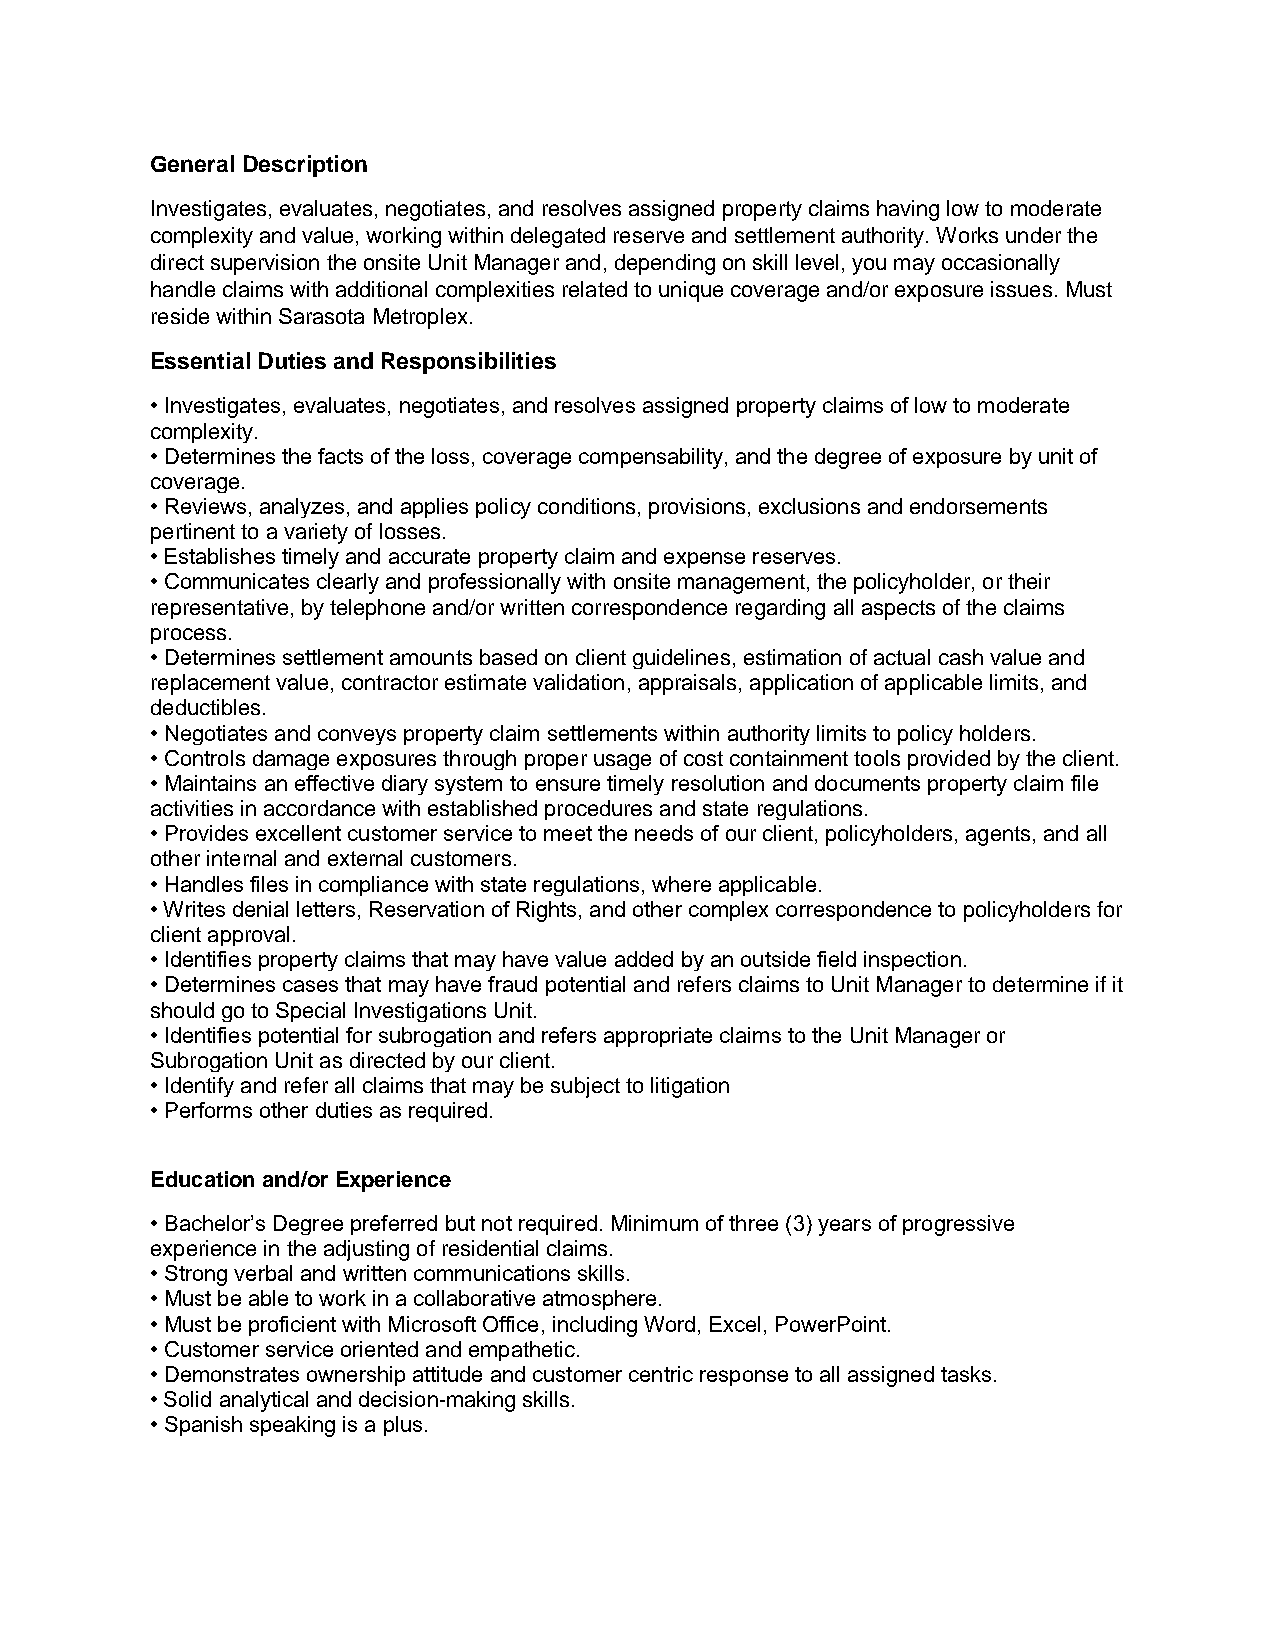
General Description
 Investigates, evaluates, negotiates, and resolves assigned property claims having low to moderate
 complexity and value, working within delegated reserve and settlement authority. Works under the
 direct supervision the onsite Unit Manager and, depending on skill level, you may occasionally
 handle claims with additional complexities related to unique coverage and/or exposure issues. Must
 reside within Sarasota Metroplex.
 Essential Duties and Responsibilities
 • Investigates, evaluates, negotiates, and resolves assigned property claims of low to moderate
 complexity.
 • Determines the facts of the loss, coverage compensability, and the degree of exposure by unit of
 coverage.
 • Reviews, analyzes, and applies policy conditions, provisions, exclusions and endorsements
 pertinent to a variety of losses.
 • Establishes timely and accurate property claim and expense reserves.
 • Communicates clearly and professionally with onsite management, the policyholder, or their
 representative, by telephone and/or written correspondence regarding all aspects of the claims
 process.
 • Determines settlement amounts based on client guidelines, estimation of actual cash value and
 replacement value, contractor estimate validation, appraisals, application of applicable limits, and
 deductibles.
 • Negotiates and conveys property claim settlements within authority limits to policy holders.
 • Controls damage exposures through proper usage of cost containment tools provided by the client.
 • Maintains an effective diary system to ensure timely resolution and documents property claim file
 activities in accordance with established procedures and state regulations.
 • Provides excellent customer service to meet the needs of our client, policyholders, agents, and all
 other internal and external customers.
 • Handles files in compliance with state regulations, where applicable.
 • Writes denial letters, Reservation of Rights, and other complex correspondence to policyholders for
 client approval.
 • Identifies property claims that may have value added by an outside field inspection.
 • Determines cases that may have fraud potential and refers claims to Unit Manager to determine if it
 should go to Special Investigations Unit.
 • Identifies potential for subrogation and refers appropriate claims to the Unit Manager or
 Subrogation Unit as directed by our client.
 • Identify and refer all claims that may be subject to litigation
 • Performs other duties as required.
 Education and/or Experience
 • Bachelor’s Degree preferred but not required. Minimum of three (3) years of progressive
 experience in the adjusting of residential claims.
 • Strong verbal and written communications skills.
 • Must be able to work in a collaborative atmosphere.
 • Must be proficient with Microsoft Office, including Word, Excel, PowerPoint.
 • Customer service oriented and empathetic.
 • Demonstrates ownership attitude and customer centric response to all assigned tasks.
 • Solid analytical and decision-making skills.
 • Spanish speaking is a plus.